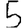
Digit: 5